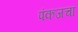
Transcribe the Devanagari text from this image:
पंकजचा